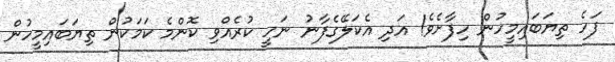
ފަހެ ތިޔަބައިމީހުން ހިފާށެވެ! އަދި އެކަލޭގެފާނު ނަހީ ކުރެއްވި ކޮންމެ ކަމަކުން ތިޔަބައިމީހުން